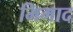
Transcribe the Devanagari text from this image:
भिमाद